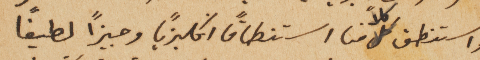
واستنطق كلاً منا استنطاقاً انكليزياً وجيزاً لطيفاً